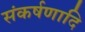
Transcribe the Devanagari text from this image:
संकर्षणादि